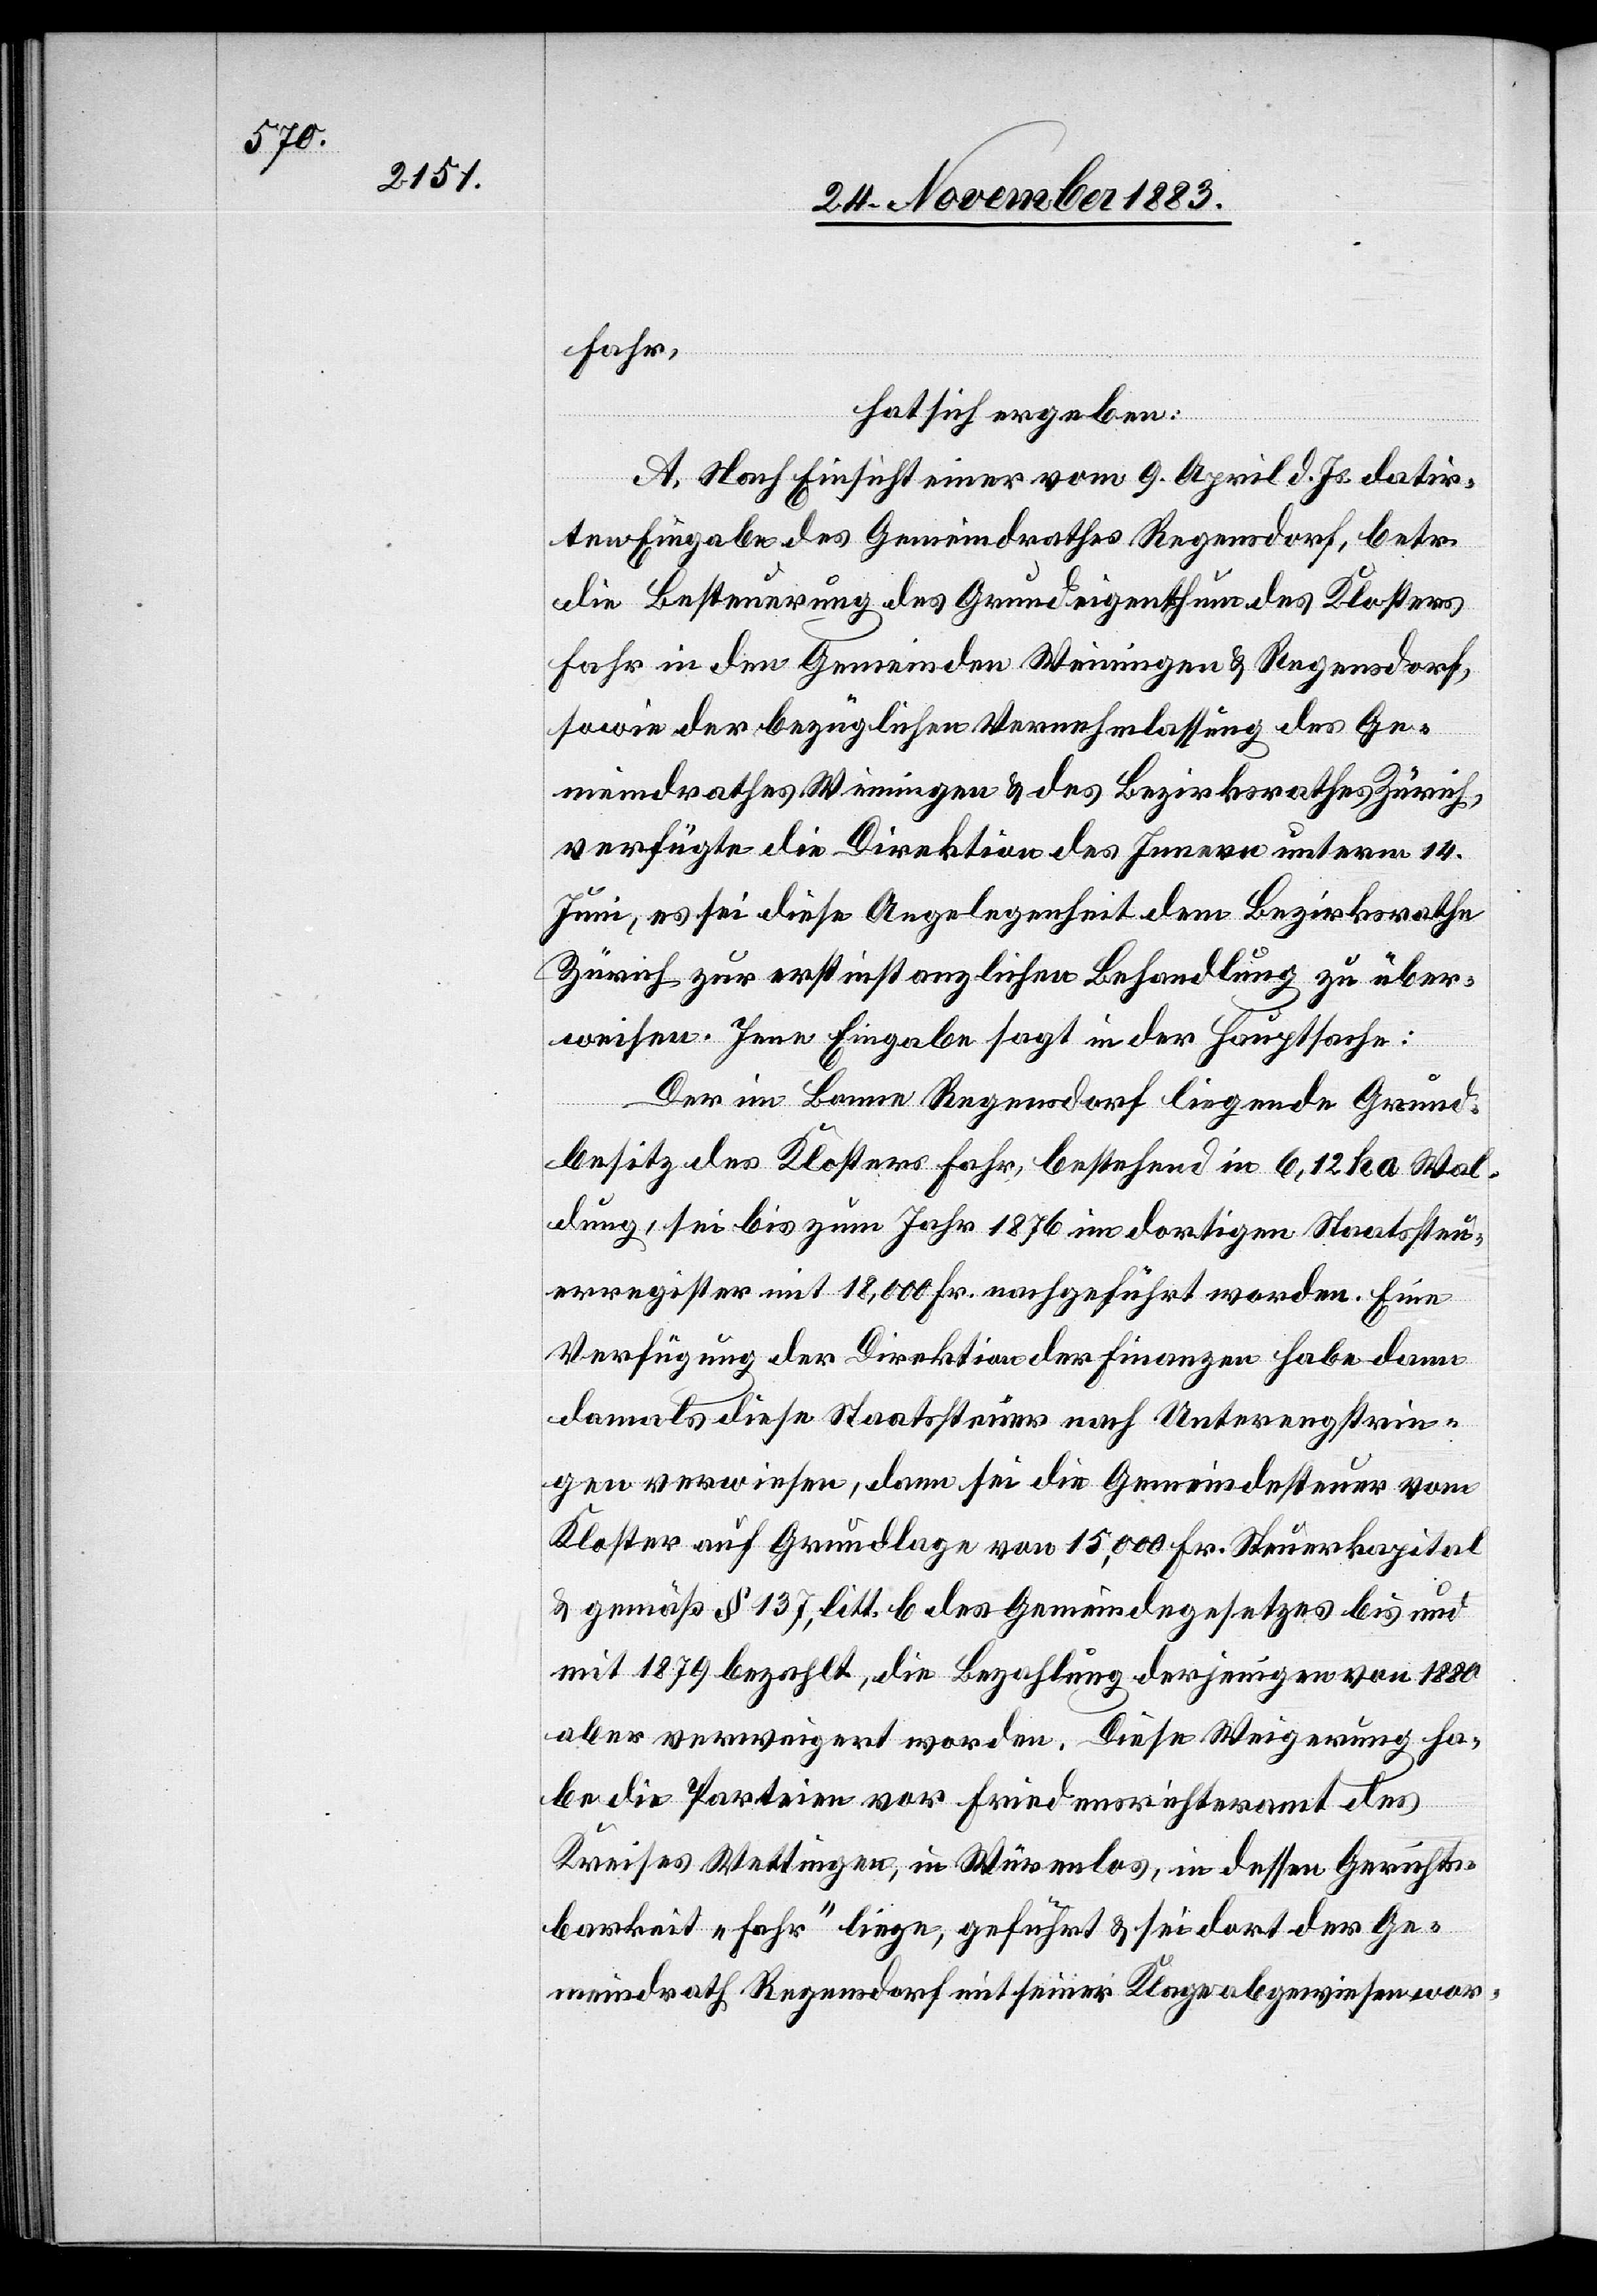
Fahr,
hat sich ergeben:
A. Nach Einsicht einer vom 9. April d. Js. datir¬
ten Eingabe des Gemeindrathes Regensdorf, betr.
die Besteuerung des Grundeigenthum des Klosters
Fahr in den Gemeinden Weiningen & Regensdorf,
sowie der bezüglichen Vernehmlassung des Ge¬
meindrathes Weiningen & des Bezirksrathes Zürich,
verfügte die Direktion des Innern unterm 14.
Juni, es sei diese Angelegenheit dem Bezirksrathe
Zürich zur erstinstanzlichen Behandlung zu über¬
weisen. Jene Eingabe sagt in der Hauptsache:
Der im Banne Regensdorf liegende Grund¬
besitz des Klosters Fahr, bestehend in 6,12 ha Wal¬
dung, sei bis zum Jahr 1876 in dortigen Staatssteu¬
erregister mit 18,000 Fr. nachgeführt worden. Eine
Verfügung der Direktion der Finanzen habe dann
damals diese Staatssteuer nach Unterengstrin¬
gen verwiesen, dann sei die Grundsteuer vom
Kloster auf Grundlage von 15,000 Fr. Steuerkapital
& gemäß § 137, litt. b des Gemeindegesetzes bis und
mit 1879 bezahlt, die Bezahlung derjenigen von 1880
aber verweigert worden. Diese Weigerung ha¬
be die Parteien vor Friedensrichteramt des
Kreises Wettingen, in Würenlos, in dessen Gerichts¬
barkeit „Fahr“ liege, geführt & sei dort der Ge¬
meindrath Regensdorf mit seiner Klage abgewiesen wor-